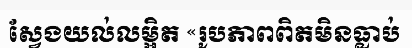
ស្វែងយល់លម្អិត «រូបភាពពិតមិនធ្លាប់